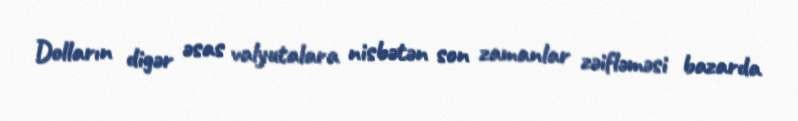
Dolların digər əsas valyutalara nisbətən son zamanlar zəifləməsi bazarda